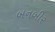
બનબીર